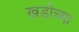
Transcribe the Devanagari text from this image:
खडीच्या